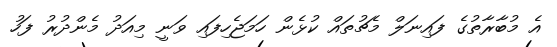
އެ މުބާރާތުގެ ފައިނަލް މެޗުތައް ކުޅެން ހަމަޖެހިފައި ވަނީ މިއަދު މެންދުރު ފަހު